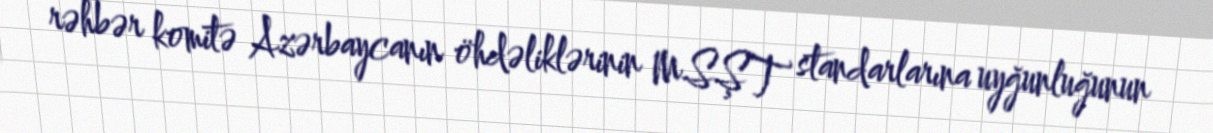
rəhbər komitə Azərbaycanın öhdəliklərinin MSŞT standarlarına uyğunluğunun